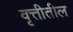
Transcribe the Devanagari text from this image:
वृत्तीतील